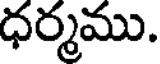
ధర్మము.